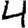
Digit: 4